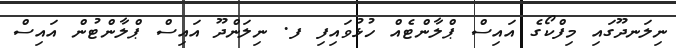
ނިލަނދޫގައި މިފްކޯގެ އައިސް ޕްލާންޓެއް ހުޅުވައިފި ފ. ނިލަންދޫ އައިސް ޕްލާންޓުން އައިސް